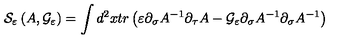
{ \cal S } _ { \varepsilon } \left( A , { \cal G } _ { \varepsilon } \right) = \int d ^ { 2 } x t r \left( \varepsilon \partial _ { \sigma } A ^ { - 1 } \partial _ { \tau } A - { \cal G } _ { \varepsilon } \partial _ { \sigma } A ^ { - 1 } \partial _ { \sigma } A ^ { - 1 } \right)